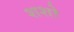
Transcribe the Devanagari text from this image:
शशो